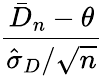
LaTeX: \frac{{\bar{D}}_{n}-\theta}{{\hat{\sigma}}_{D}/{\sqrt{n}}}